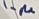
Text: 1.µ